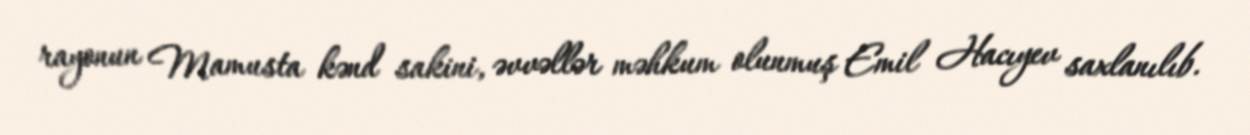
rayonun Mamusta kənd sakini, əvvəllər məhkum olunmuş Emil Hacıyev saxlanılıb.